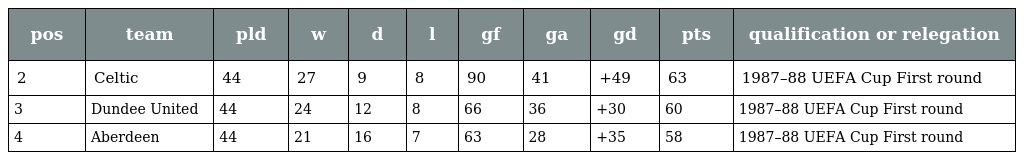
| pos | team | pld | w | d | l | gf | ga | gd | pts | qualification or relegation |
 | --- | --- | --- | --- | --- | --- | --- | --- | --- | --- | --- |
 | 2 | Celtic | 44 | 27 | 9 | 8 | 90 | 41 | +49 | 63 | 1987–88 UEFA Cup First round |
 | 3 | Dundee United | 44 | 24 | 12 | 8 | 66 | 36 | +30 | 60 | 1987–88 UEFA Cup First round |
 | 4 | Aberdeen | 44 | 21 | 16 | 7 | 63 | 28 | +35 | 58 | 1987–88 UEFA Cup First round |